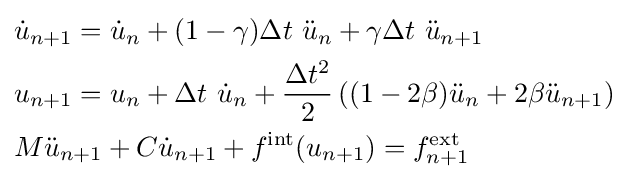
{\begin{aligned}&{\dot {u}}_{n+1}={\dot {u}}_{n}+(1-\gamma )\Delta t~{\ddot {u}}_{n}+\gamma \Delta t~{\ddot {u}}_{n+1}\\&u_{n+1}=u_{n}+\Delta t~{\dot {u}}_{n}+{\frac {\Delta t^{2}}{2}}\left((1-2\beta ){\ddot {u}}_{n}+2\beta {\ddot {u}}_{n+1}\right)\\&M{\ddot {u}}_{n+1}+C{\dot {u}}_{n+1}+f^{\textrm {int}}(u_{n+1})=f_{n+1}^{\textrm {ext}}\,\end{aligned}}